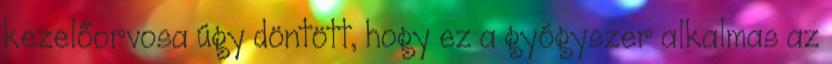
kezelőorvosa úgy döntött, hogy ez a gyógyszer alkalmas az